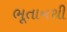
ભૂતાનથી